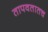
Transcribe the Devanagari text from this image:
तापवतातच